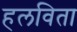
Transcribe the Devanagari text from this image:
हलविता